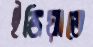
ইন্ডিয়াতে